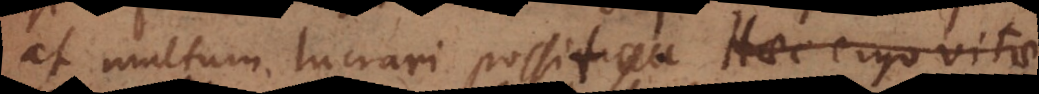
at multum lucrari possit. Haec ergo vitae